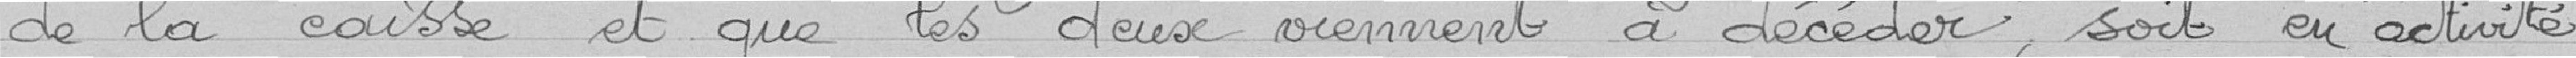
de la caisse et que les deux viennent à décéder, soit en activité,